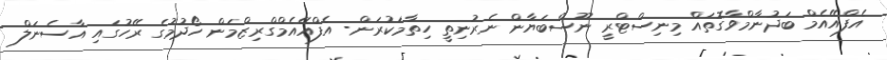
އެފްއޭއެމް ބަދުނާމްވާގޮތައް މިނިސްޓްރީ ނޫސްބަޔާން ނެރުނިތީ ހިތާމަކުރަން- އެފްއޭއެމްގްރިޒްމަން ހޯދުމުގެ ރޭހުގައި އާސެނަލް